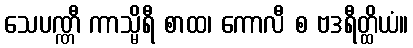
သေပဏ္ဏီ ကာသ္မိရီ စာထ၊ ကောလီ စ ဗဒရီတ္ထိယံ။